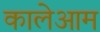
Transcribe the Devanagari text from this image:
कालेआम